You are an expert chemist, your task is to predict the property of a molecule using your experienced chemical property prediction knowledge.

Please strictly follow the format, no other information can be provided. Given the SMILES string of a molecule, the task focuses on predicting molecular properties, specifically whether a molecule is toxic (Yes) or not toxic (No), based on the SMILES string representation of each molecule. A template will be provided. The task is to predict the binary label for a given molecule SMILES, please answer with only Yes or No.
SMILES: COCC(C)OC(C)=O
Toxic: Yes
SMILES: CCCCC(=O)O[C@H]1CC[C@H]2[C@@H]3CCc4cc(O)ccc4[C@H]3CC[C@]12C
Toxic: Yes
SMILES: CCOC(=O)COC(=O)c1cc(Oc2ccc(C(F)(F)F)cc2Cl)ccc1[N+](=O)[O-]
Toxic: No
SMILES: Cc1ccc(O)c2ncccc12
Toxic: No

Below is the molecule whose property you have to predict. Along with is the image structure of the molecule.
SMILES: O=C(Nc1ccccc1)c1cc(Cl)ccc1O
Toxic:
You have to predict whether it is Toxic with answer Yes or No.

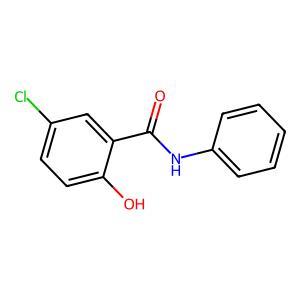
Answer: No